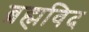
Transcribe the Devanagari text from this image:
ब्रह्मविद